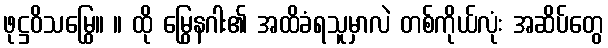
ဖုဋ္ဌဝိသမြွေ။ ။ ထို မြွေနဂါး၏ အထိခံရသူမှာလဲ တစ်ကိုယ်လုံး အဆိပ်တွေ